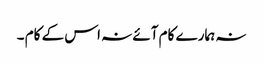
نہ ہمارے کام آئے نہ اس کے کام ۔